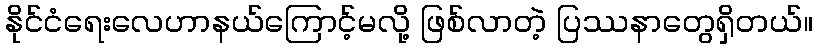
နိုင်ငံရေးလေဟာနယ်ကြောင့်မလို့ ဖြစ်လာတဲ့ ပြဿနာတွေရှိတယ်။